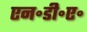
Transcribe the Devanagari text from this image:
एन॰डी॰ए॰